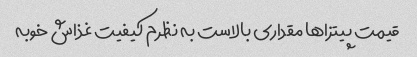
قیمت پیتزاها مقداری بالاست به نظرم کیفیت غذاش خوبه